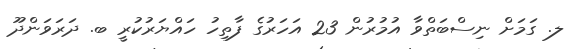
ލ. ގަމަށް ނިސްބަތްވާ އުމުރުން 23 އަހަރުގެ ފާތިހު ހައްޔަރުކުރީ ބ. ދަރަވަންދޫ